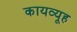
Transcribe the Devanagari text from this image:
कायव्यूह